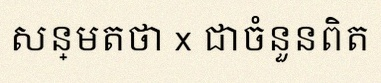
សន្មតថា x ជាចំនួនពិត